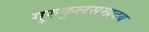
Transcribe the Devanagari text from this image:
गुरुकुलसम्प्रदय